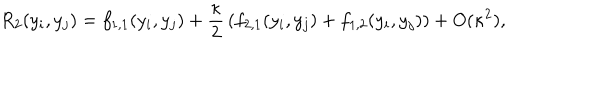
R _ { 2 } ( y _ { i } , y _ { j } ) = f _ { 1 , 1 } ( y _ { i } , y _ { j } ) + { \frac { \kappa } { 2 } } \left( f _ { 2 , 1 } ( y _ { i } , y _ { j } ) + f _ { 1 , 2 } ( y _ { i } , y _ { j } ) \right) + O ( \kappa ^ { 2 } ) ,